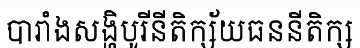
បារាំងសង្ហិបូរីនីតិក្ស័យធននីតិក្ស